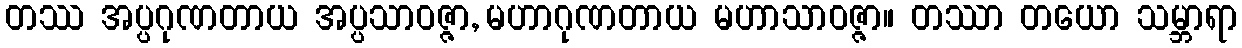
တဿ အပ္ပဂုဏတာယ အပ္ပသာဝဇ္ဇာ, မဟာဂုဏတာယ မဟာသာဝဇ္ဇာ။ တဿာ တယော သမ္ဘာရာ